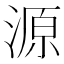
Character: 源